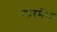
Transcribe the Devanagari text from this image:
डारमैंस